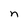
Character: n